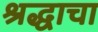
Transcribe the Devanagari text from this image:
श्रद्धाचा